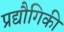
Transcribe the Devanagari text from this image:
प्रद्यौगिकी